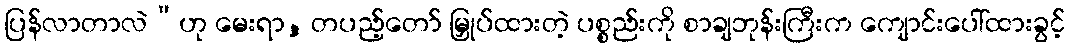
ပြန်လာတာလဲ”ဟု မေးရာ, တပည့်တော် မြှုပ်ထားတဲ့ ပစ္စည်းကို စာချဘုန်းကြီးက ကျောင်းပေါ်ထားခွင့်